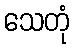
သေတုံ